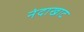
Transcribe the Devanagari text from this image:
नंदाखाट